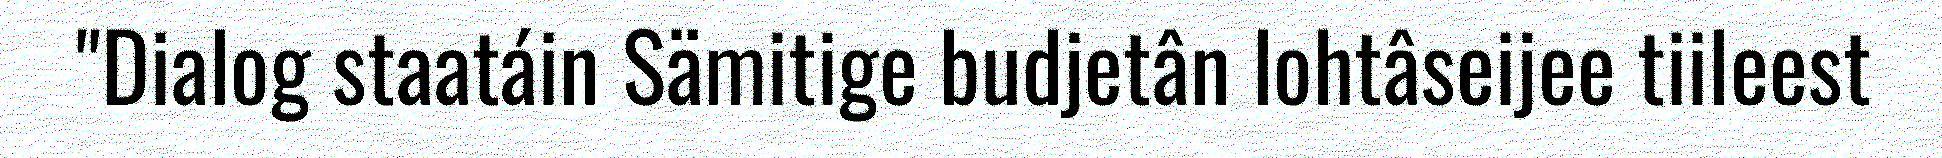
"Dialog staatáin Sämitige budjetân lohtâseijee tiileest